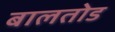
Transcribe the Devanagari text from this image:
बालतोड